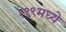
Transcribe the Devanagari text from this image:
१९९मध्ये